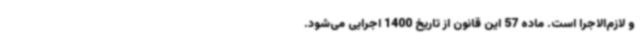
و لازم‌الاجرا است. ماده 57 این قانون از تاریخ 1400 اجرایی می‌شود.